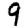
Digit: 9